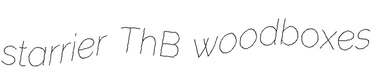
starrier ThB woodboxes